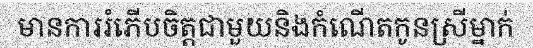
មានការរំភើបចិត្តជាមួយនិងកំណើតកូនស្រីម្នាក់